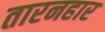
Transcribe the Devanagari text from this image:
तारनहार